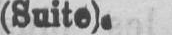
(Suite).